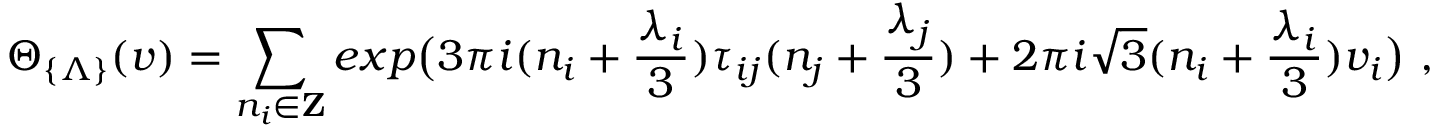
\Theta _ { \{ \Lambda \} } ( v ) = \sum _ { n _ { i } \in { \bf Z } } e x p \bigl ( 3 \pi i ( n _ { i } + \frac { \lambda _ { i } } { 3 } ) \tau _ { i j } ( n _ { j } + \frac { \lambda _ { j } } { 3 } ) + 2 \pi i \sqrt { 3 } ( n _ { i } + \frac { \lambda _ { i } } { 3 } ) v _ { i } \bigr ) \ ,